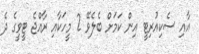
އާއި ސެކިއުރިޓީ އިން ކަމަށް ބެލެވޭ 2 މީހަކާއި ރާއްޖެ ޓީވީގެ ދެ